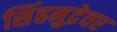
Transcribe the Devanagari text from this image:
सिंहमुद्रेवर